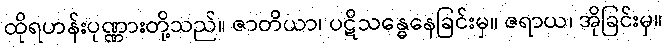
ထိုရဟန်းပုဏ္ဏားတို့သည်။ ဇာတိယာ၊ ပဋိသန္ဓေနေခြင်းမှ။ ဇရာယ၊ အိုခြင်းမှ။